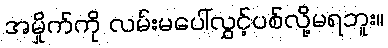
အမှိုက်ကို လမ်းမပေါ်လွှင့်ပစ်လို့မရဘူး။